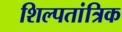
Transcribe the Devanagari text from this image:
शिल्पतांत्रिक